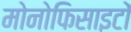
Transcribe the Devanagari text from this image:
मोनोफिसाइटों